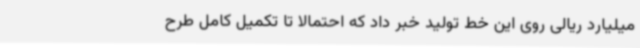
میلیارد ریالی روی این خط تولید خبر داد که احتمالا تا تکمیل کامل طرح